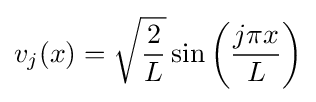
v_{j}(x)={\sqrt {\frac {2}{L}}}\sin \left({\frac {j\pi x}{L}}\right)